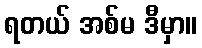
ရတယ် အစ်မ ဒီမှာ။